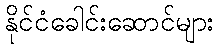
နိုင်ငံခေါင်းဆောင်များ